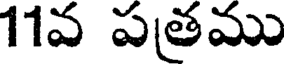
11వ పతము